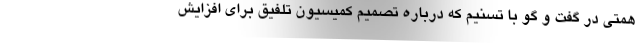
همتی در گفت و گو با تسنیم که درباره تصمیم کمیسیون تلفیق برای افزایش